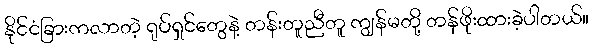
နိုင်ငံခြားကလာတဲ့ ရုပ်ရှင်တွေနဲ့ တန်းတူညီတူ ကျွန်မတို့ တန်ဖိုးထားခဲ့ပါတယ်။